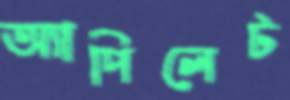
অ্যাপিলেট